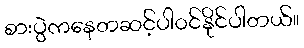
စားပွဲကနေတဆင့်ပါ၀င်နိုင်ပါတယ်။